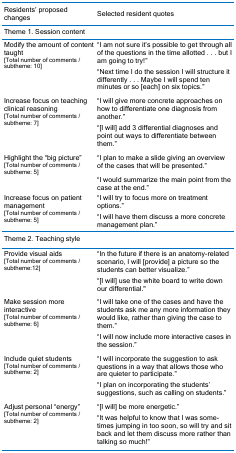
<table><thead><tr><td><b>Residents’ proposed changes</b></td><td><b>Selected resident quotes</b></td></tr></thead><tbody><tr><td colspan="2">Theme 1. Session content</td></tr><tr><td rowspan="2">Modify the amount of content taught[Total number of comments /subtheme: 10]</td><td>“I am not sure it’s possible to get through all of the questions in the time allotted . . . but I am going to try!” </td></tr><tr><td>“Next time I do the session I will structure it differently . . . Maybe I will spend ten minutes or so [each] on six topics.”</td></tr><tr><td rowspan="2">Increase focus on teaching clinical reasoning[Total number of comments / subtheme: 7]</td><td>“I will give more concrete approaches on how to differentiate one diagnosis from another.” </td></tr><tr><td>“[I will] add 3 differential diagnoses and point out ways to differentiate between them.”</td></tr><tr><td rowspan="2">Highlight the “big picture”[Total number of comments / subtheme: 5]</td><td>“I plan to make a slide giving an overview of the cases that will be presented.” </td></tr><tr><td>“I would summarize the main point from the case at the end.”</td></tr><tr><td rowspan="2">Increase focus on patient management[Total number of comments / subtheme: 5]</td><td>“I will try to focus more on treatment options.”</td></tr><tr><td>“I will have them discuss a more concrete management plan.”</td></tr><tr><td colspan="2">Theme 2. Teaching style</td></tr><tr><td rowspan="2">Provide visual aids[Total number of comments / subtheme:12] </td><td>“In the future if there is an anatomy-related scenario, I will [provide] a picture so the students can better visualize.” </td></tr><tr><td>“[I will] use the white board to write down our differential.&quot;</td></tr><tr><td rowspan="2">Make session more interactive[Total number of comments / subtheme: 6] </td><td>“I will take one of the cases and have the students ask me any more information they would like, rather than giving the case to them.” </td></tr><tr><td>“I will now include more interactive cases in the session.”</td></tr><tr><td rowspan="2">Include quiet students[Total number of comments / subtheme: 2] </td><td>“I will incorporate the suggestion to ask questions in a way that allows those who are quieter to participate.” </td></tr><tr><td>“I plan on incorporating the students’ suggestions, such as calling on students.”</td></tr><tr><td rowspan="2">Adjust personal “energy”[Total number of comments / subtheme: 2]</td><td>“[I will] be more energetic.” </td></tr><tr><td>“It was helpful to know that I was sometimes jumping in too soon, so will try and sit back and let them discuss more rather than talking so much!”</td></tr></tbody></table>